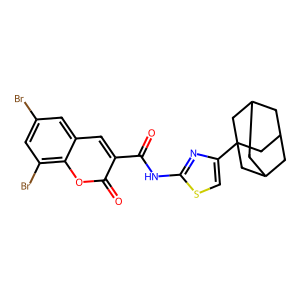
SMILES: O=C(Nc1nc(C23CC4CC(CC(C4)C2)C3)cs1)c1cc2cc(Br)cc(Br)c2oc1=O
Inhibits HIV replication: No